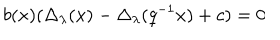
b ( x ) ( \Delta _ { \lambda } ( x ) - \Delta _ { \lambda } ( q ^ { - 1 } x ) + c ) = 0